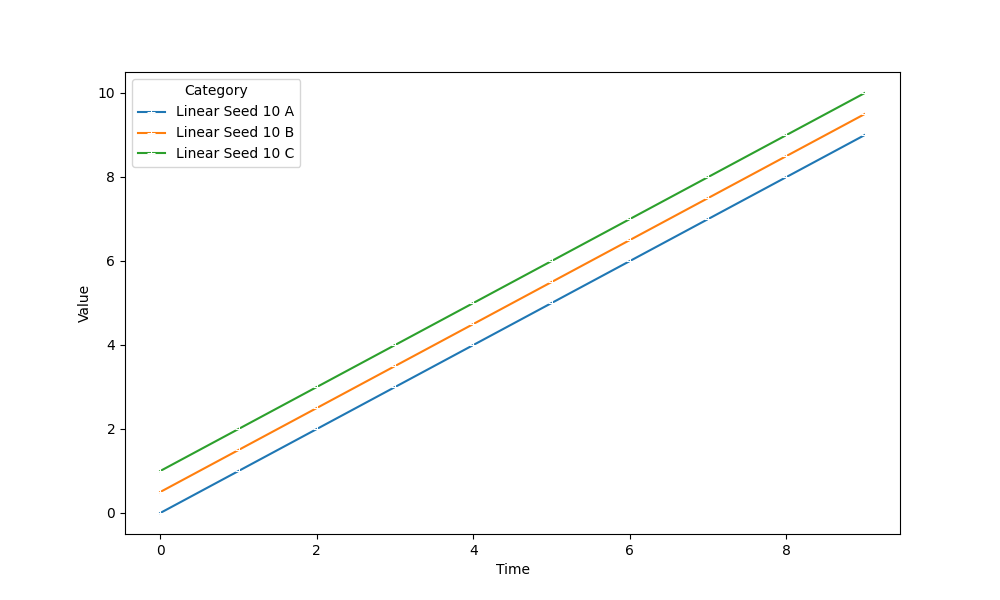
python, seaborn, lineplot, style='solid', marker='+'